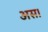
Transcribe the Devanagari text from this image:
अस।